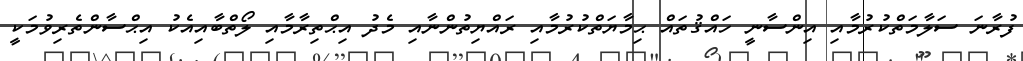
ފުރާނަ ސަލާމަތްކުރުމާއި އިންސާނީ ހައްޤުތައް ޙިމާޔަތްކުރުމާއި ރައްޔިތުންނާއި މެދު އިޙްތިރާމާއި ލޯތްބާއިއެކު އިޙްސާންތެރިވުމަކީ